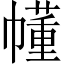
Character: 𫷐